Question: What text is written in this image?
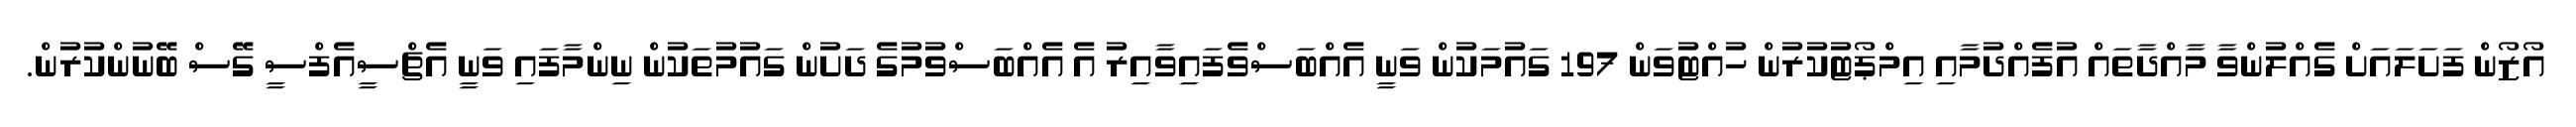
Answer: އޯޒޯން ފަށަލައަށް ގެއްލުންވާ މާއްދާތައް އުފެއްދުމާއި އިމްޕޯޓުކުރުން ހުއްޓުވަން 197 ގައުމަކުން ވަނީ އެއްބަސްވެފައިވާއިރު އެ އެއްބަސްވުމުގެ ދަށުން ގައުމުތަކުން ނިންމާފައި ވަނީ އެޗްސީއެފްސީ ގޭސް ބޭނުންކުރުން.